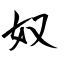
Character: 奴